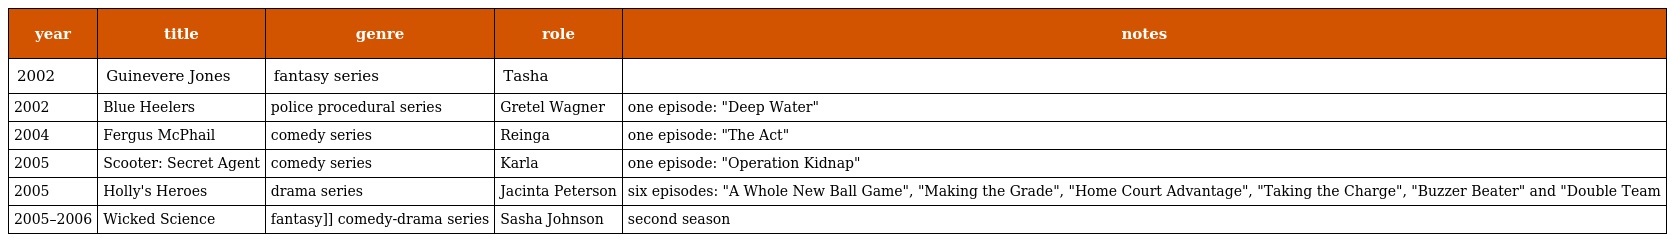
| year | title | genre | role | notes |
 | --- | --- | --- | --- | --- |
 | 2002 | Guinevere Jones | fantasy series | Tasha |  |
 | 2002 | Blue Heelers | police procedural series | Gretel Wagner | one episode: "Deep Water" |
 | 2004 | Fergus McPhail | comedy series | Reinga | one episode: "The Act" |
 | 2005 | Scooter: Secret Agent | comedy series | Karla | one episode: "Operation Kidnap" |
 | 2005 | Holly's Heroes | drama series | Jacinta Peterson | six episodes: "A Whole New Ball Game", "Making the Grade", "Home Court Advantage", "Taking the Charge", "Buzzer Beater" and "Double Team |
 | 2005–2006 | Wicked Science | fantasy]] comedy-drama series | Sasha Johnson | second season |